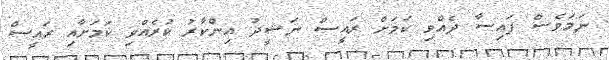
ނަމަވެސް ފައިސާ ދެއްވި ކަމަށް ރައީސް ނަޝީދު އިންކާރު ކުރެއްވި ކަމަށާއި ރައީސް